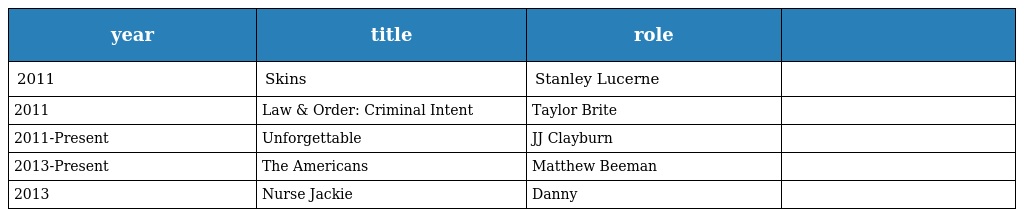
| year | title | role |  |
 | --- | --- | --- | --- |
 | 2011 | Skins | Stanley Lucerne |  |
 | 2011 | Law & Order: Criminal Intent | Taylor Brite |  |
 | 2011-Present | Unforgettable | JJ Clayburn |  |
 | 2013-Present | The Americans | Matthew Beeman |  |
 | 2013 | Nurse Jackie | Danny |  |